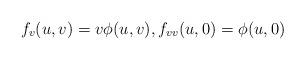
LaTeX: \begin{align*} f_v(u,v)=v \phi(u,v), f_{vv}(u,0)=\phi(u,0)\end{align*}